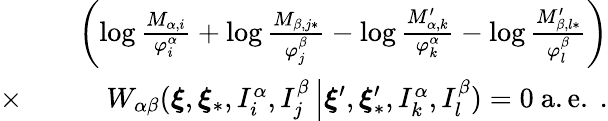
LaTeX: \begin{array}{rlr}&{}&{\left(\log\frac{M_{\alpha,i}}{\varphi_{i}^{\alpha}}+\log\frac{M_{\beta,j\ast}}{\varphi_{j}^{\beta}}-\log\frac{M_{\alpha,k}^{\prime}}{\varphi_{k}^{\alpha}}-\log\frac{M_{\beta,l\ast}^{\prime}}{\varphi_{l}^{\beta}}\right)}\\ {\times}&{}&{W_{\alpha\beta}(\boldsymbol{\xi},\boldsymbol{\xi}_{\ast},I_{i}^{\alpha},I_{j}^{\beta}\left\vert\boldsymbol{\xi}^{\prime},\boldsymbol{\xi}_{\ast}^{\prime},I_{k}^{\alpha},I_{l}^{\beta}\right.)=0\mathrm{~a.e.~.}}\end{array}